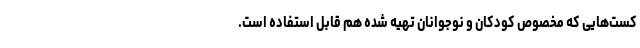
کست‌هایی که مخصوص کودکان و نوجوانان تهیه شده هم قابل استفاده است.